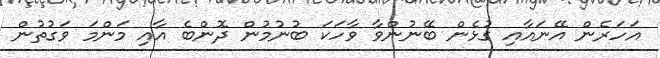
އަހަރެން އޭނައާއި ގުޅެން ބޭނުންވާ ވާހަކަ ބުނުމުން ދޮންބެ އާއި މަންމަ ވަގުތުން